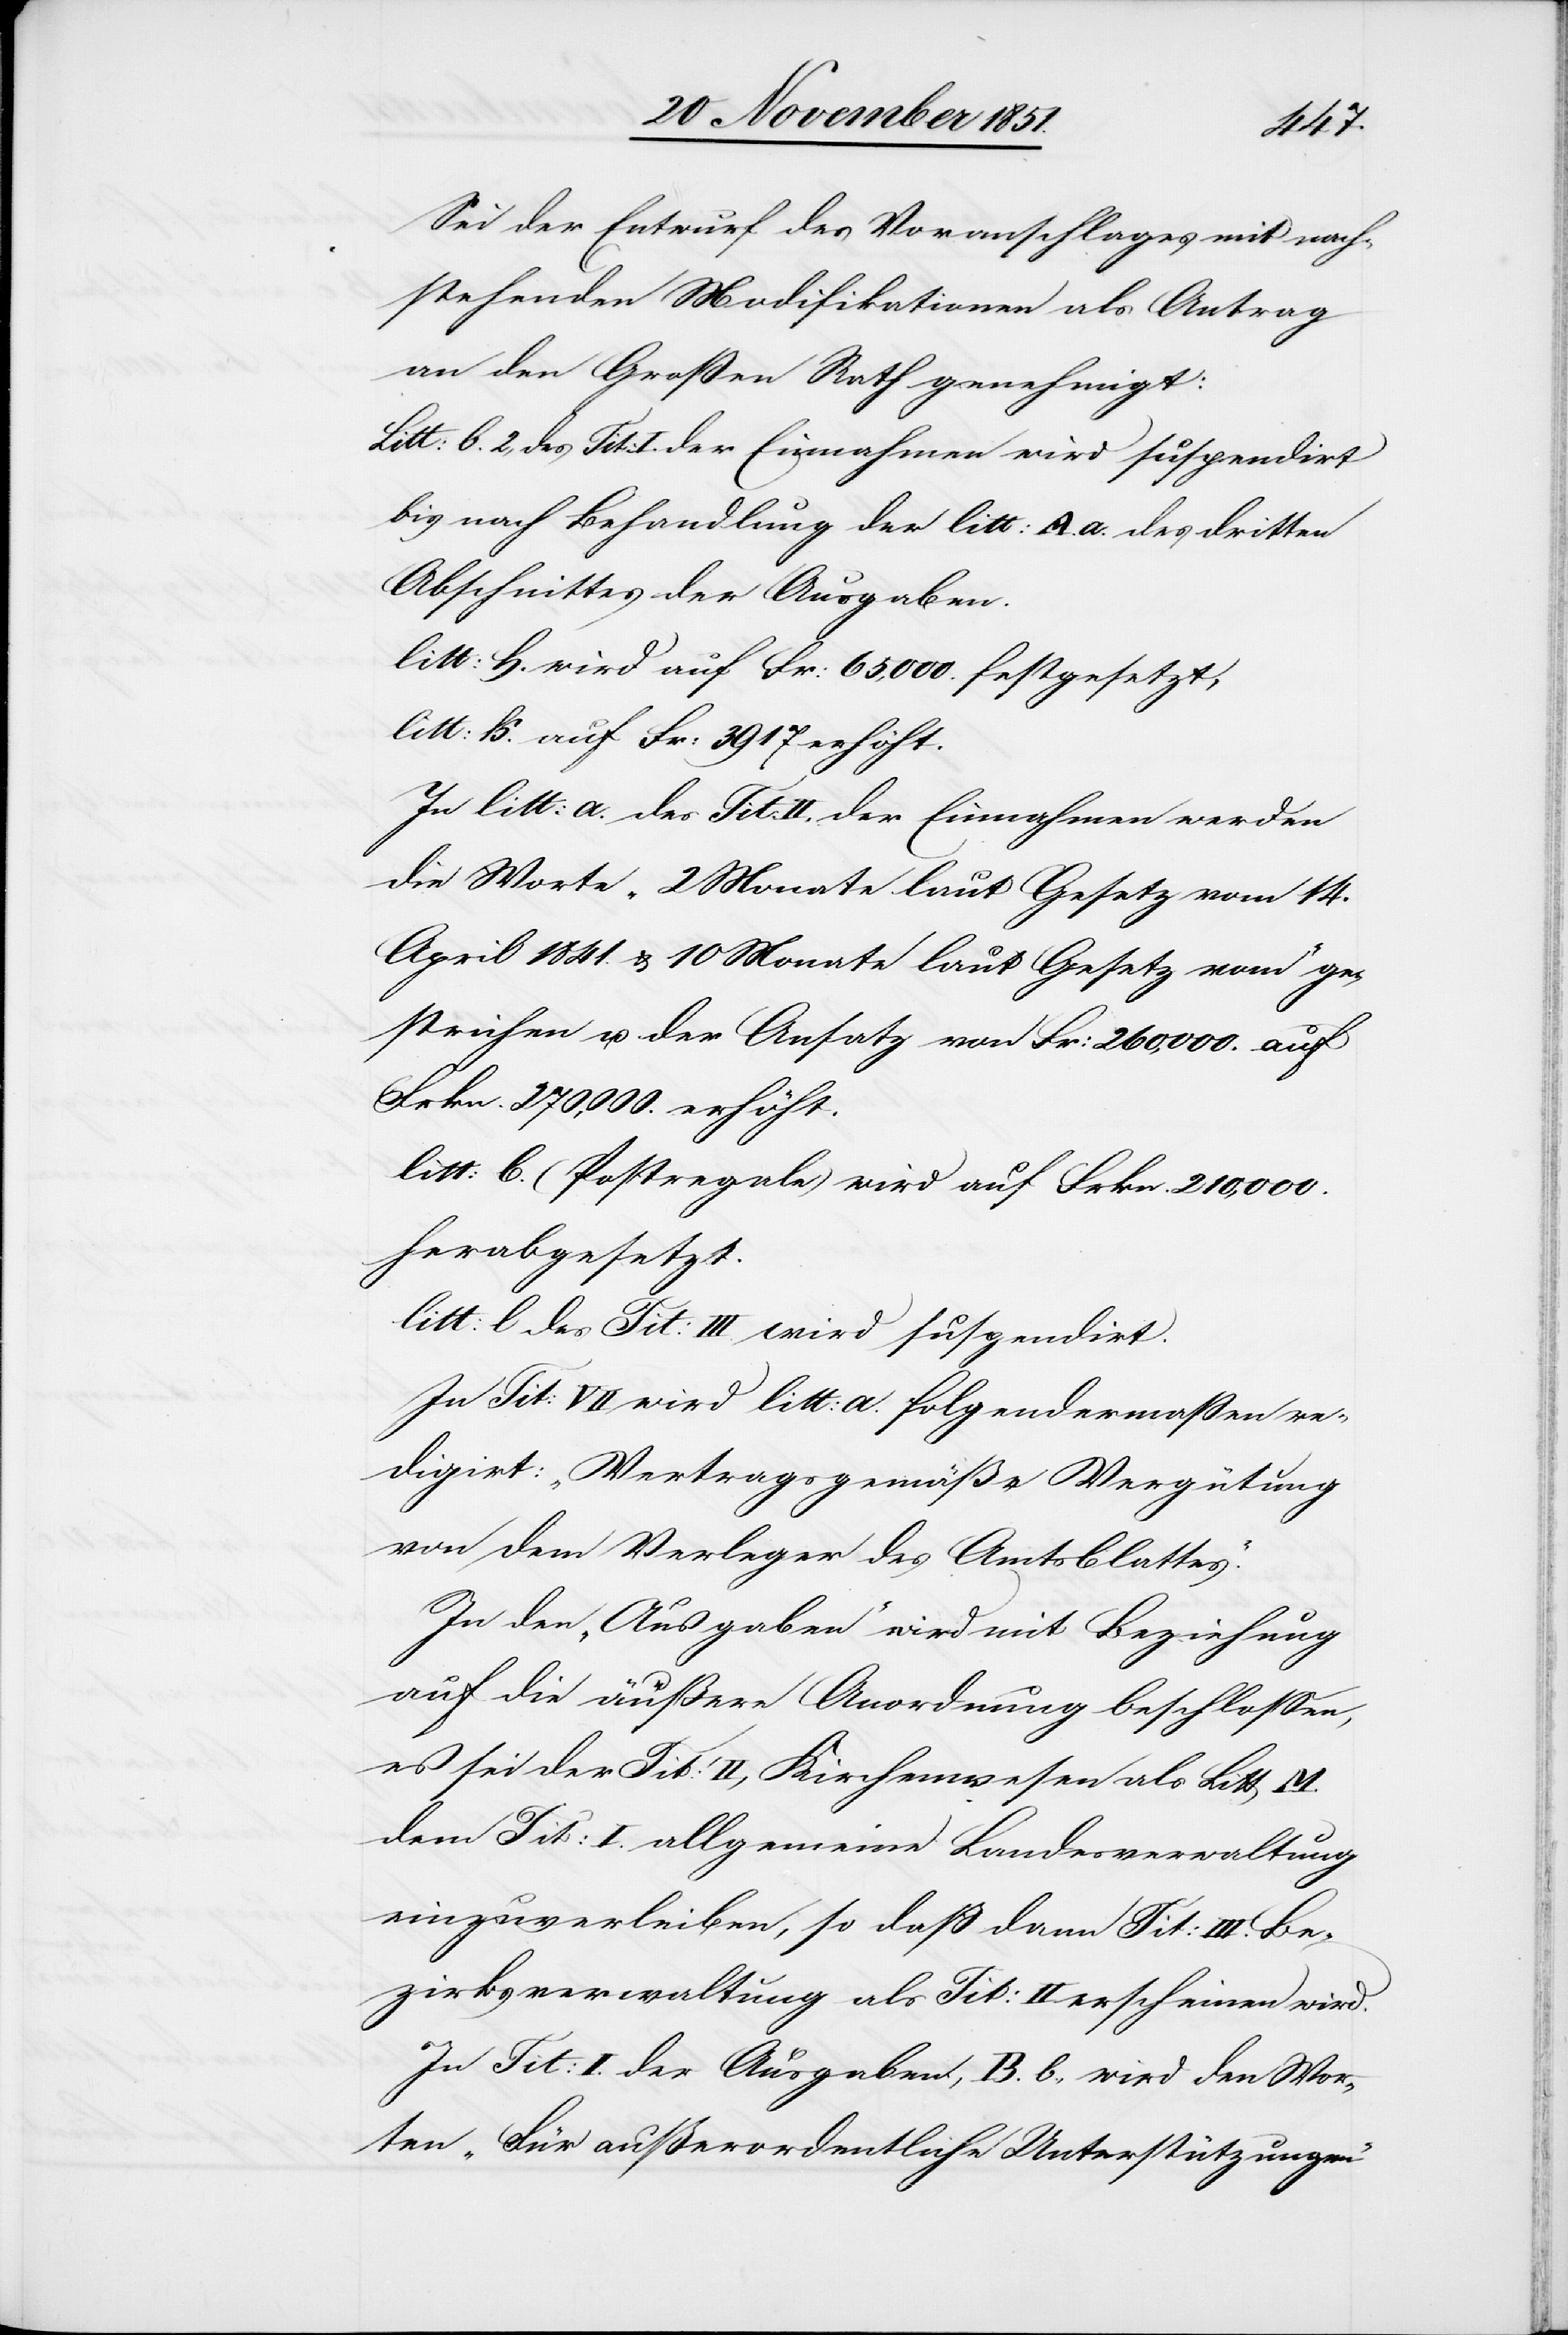
Sei der Entwurf des Voranschlages mit nach¬
stehenden Modifikationen als Antrag
an den Großen Rath genehmigt:
Litt: b. 2, des Tit: I. der Einnahmen wird suspendirt
bis nach Behandlung der litt : A. a. des dritten
Abschnittes der Ausgaben.
litt: h. wird auf Fr: 65,000. festgesetzt,
litt: k. auf Fr: 3917 erhöht.
In litt: a. des Tit: II. der Einnahmen werden
die Worte „2 Monate laut Gesetz vom 14.
April 1841. & 10 Monate laut Gesetz vom“ ge¬
strichen u. der Ansatz von Fr: 260,000. auf
Frkn. 270,000. erhöht.
litt: b. (Postregale) wird auf Frkn. 210,000.
herabgesetzt.
litt: l des Tit: III. wird suspendirt.
In Tit: VII wird litt: a. folgendermaßen re¬
digirt: „Vertragsgemäße Vergütung
von dem Verleger des Amtsblattes.“
In den „Ausgaben“ wird mit Beziehung
auf die äußere Anordnung beschlossen,
es sei der Tit: II, Kirchenwesen als Litt M.
dem Tit: I. allgemeine Landesverwaltung
einzuverleiben, so daß dann Tit: III. Be¬
zirksverwaltung als Tit: II erscheinen wird.
In Tit: I. der Ausgaben, B. b., wird den Wor¬
ten „Für außerordentliche Unterstützungen“